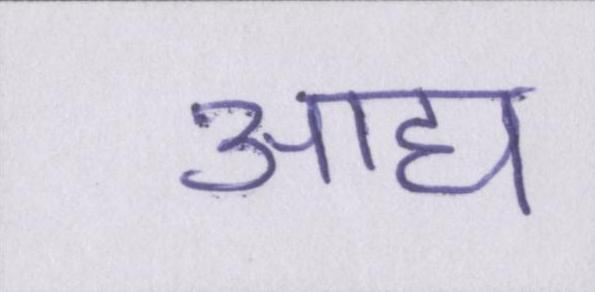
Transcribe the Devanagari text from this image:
आद्य